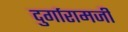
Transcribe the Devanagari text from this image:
दुर्गारामजी